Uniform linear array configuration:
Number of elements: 64
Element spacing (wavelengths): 0.25
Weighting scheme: exponential
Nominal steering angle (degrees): -45
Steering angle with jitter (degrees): -46.03
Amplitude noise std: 0.05
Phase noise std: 0.05

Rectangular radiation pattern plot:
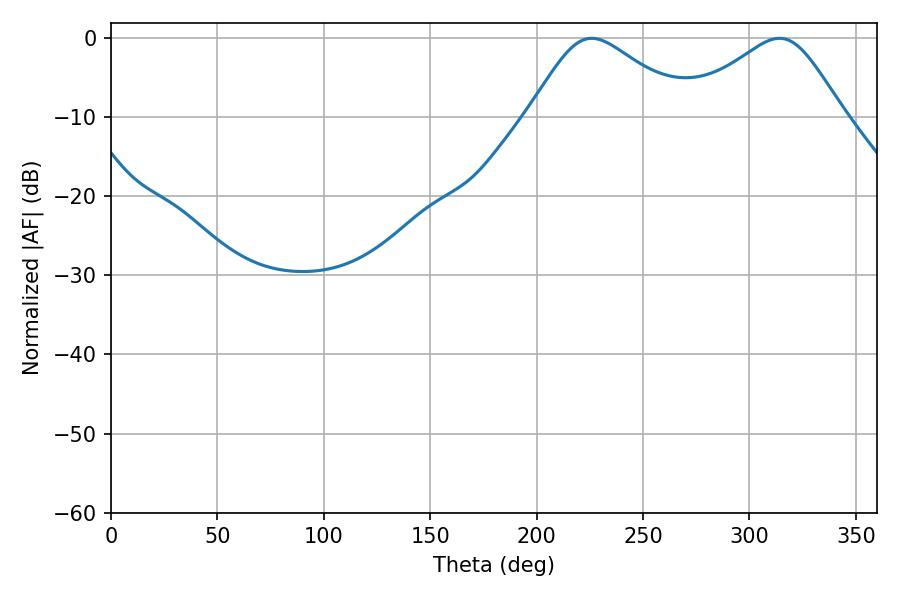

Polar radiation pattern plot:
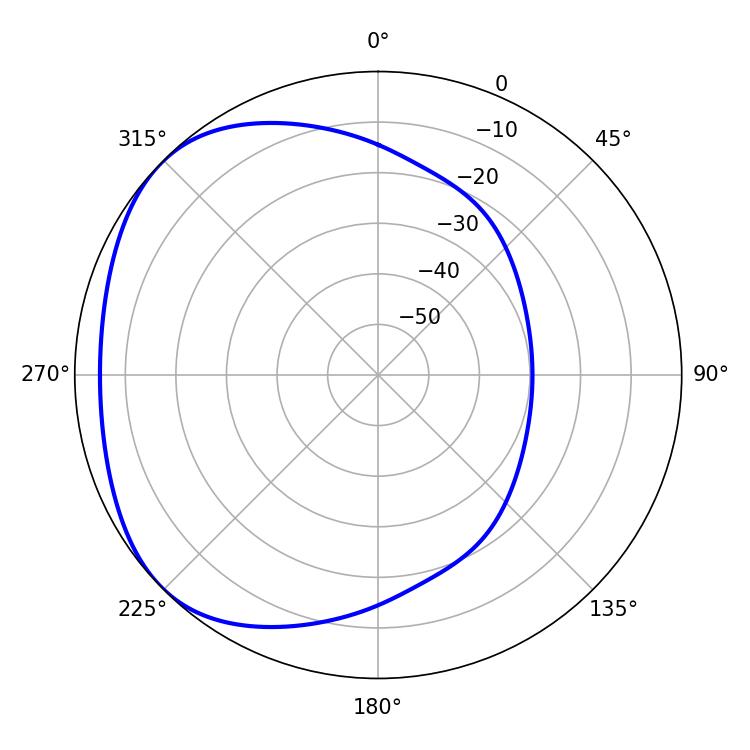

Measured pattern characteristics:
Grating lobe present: FALSE
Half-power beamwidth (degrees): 36.9
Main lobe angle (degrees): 225.9